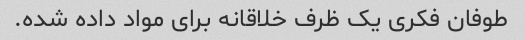
طوفان فکری یک ظرف خلاقانه برای مواد داده شده.